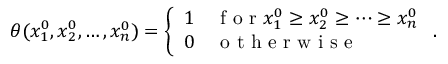
\theta ( x _ { 1 } ^ { 0 } , x _ { 2 } ^ { 0 } , \ldots , x _ { n } ^ { 0 } ) = \left\{ \begin{array} { l l } { { 1 } } & { { \textrm { f o r } x _ { 1 } ^ { 0 } \ge x _ { 2 } ^ { 0 } \ge \cdots \ge x _ { n } ^ { 0 } } } \\ { { 0 } } & { { \textrm { o t h e r w i s e } } } \end{array} \right. .